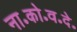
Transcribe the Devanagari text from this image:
ना॰को॰व॰दे॰